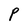
Character: P